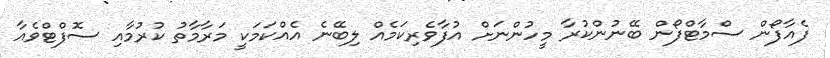
ފެއާފޯން ސްމާޓްފޯން ބޭނުންކުރާ މީހުންނަށް އުފާވެރިކަމެއް ލިބޭނެ އެއްކަމަކީ މަރާމާތު ކުރުމާއި ސޮފްޓްވެއާ